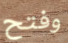
وفتح